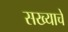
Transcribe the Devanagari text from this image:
सख्याचे